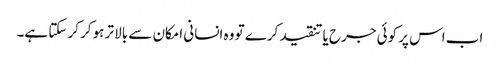
اب اس پر کوئی جرح یا تنقید کرے تو وہ انسانی امکان سے بالا تر ہوکر کر سکتا ہے۔